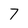
Character: 7